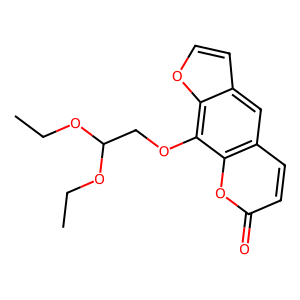
SMILES: CCOC(COc1c2occc2cc2ccc(=O)oc12)OCC
Inhibits HIV replication: No